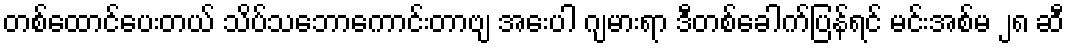
တစ်ထောင်ပေးတယ် သိပ်သဘောကောင်းတာဗျ အေးပါ ဂျမားရာ ဒီတစ်ခေါက်ပြန်ရင် မင်းအစ်မ ၂၈ ဆီ